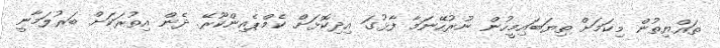
ތައްޔިތުން މިކަމަށް ތިޔަބައިމީހުން ނުރުހޭނަމާ ފާޅުގަ އިދިކޮޅަށް ކެމްޕެއިންކޫރޭ. ދެން އިތުރަކަށް ބަރުލަމާނީ